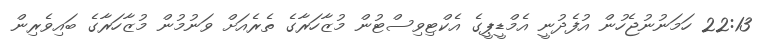
22:13 ހަމަނުނުޖެހުން އުފެދުނީ އެމްޑީޕީގެ އެކްޓިވިސްޓުން މުޒާހަރާގެ ތެރެއަށް ވަނުމުން މުޒާހަރާގެ ބައިވެރިން